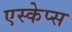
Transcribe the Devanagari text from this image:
एस्केप्स